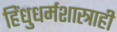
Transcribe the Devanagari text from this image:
हिंधुधर्मशास्त्राही